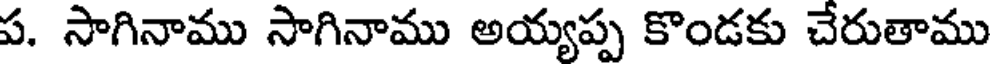
ప. సాగినాము సాగినాము అయ్యప్ప కొండకు చేరుతాము